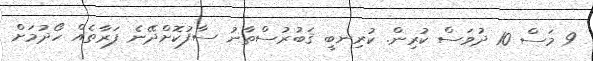
9 މަސް 10 ދުވަސް ކުރިން. ކުރިނބީ ޤަބުރުސްތާނު ސާފުކޮށްދޭނެ ފަރާތެއް ހޯދުމަށް